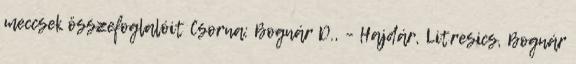
meccsek összefoglalóit Csorna: Bognár D., – Hajdár, Litresics, Bognár